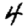
Digit: 4